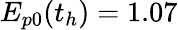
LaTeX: E_{p0}(t_{h})=1.07